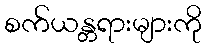
စက်ယန္တရားများကို